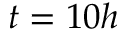
t = 1 0 h